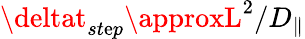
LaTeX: \deltat_{st\mathrm{e}p}\approxL^{2}/D_{\| }